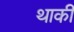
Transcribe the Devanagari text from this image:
थाकी